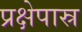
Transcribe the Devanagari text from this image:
प्रक्षेपास्र